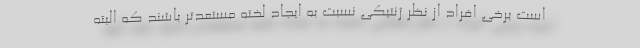
است برخی افراد از نظر ژنتیکی نسبت به ایجاد لخته مستعدتر باشند که البته